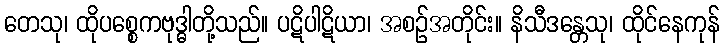
တေသု၊ ထိုပစ္စေကဗုဒ္ဓါတို့သည်။ ပဋိပါဋိယာ၊ အစဉ်အတိုင်း။ နိသီဒန္တေသု၊ ထိုင်နေကုန်